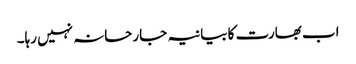
اب بھارت کا بیانیہ جارحانہ نہیں رہا۔